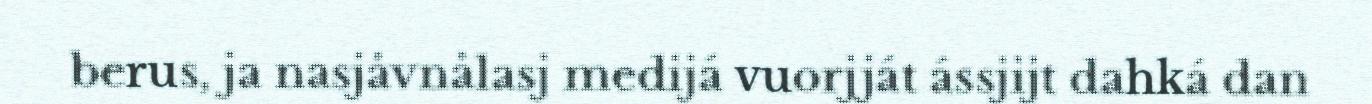
berus, ja nasjåvnålasj medijá vuorjját ássjijt dahká dan